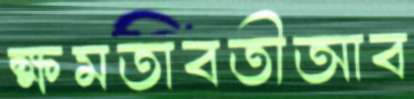
ক্ষমতাবতীআব